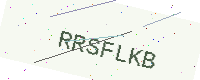
Text: RRSFLKB